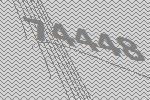
74448